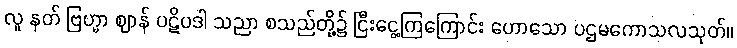
လူ နတ် ဗြဟ္မာ ဈာန် ပဋိပဒါ သညာ စသည်တို့၌ ငြီးငွေ့ကြကြောင်း ဟောသော ပဌမကောသလသုတ်။